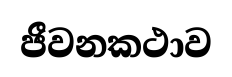
ජීවනකථාව